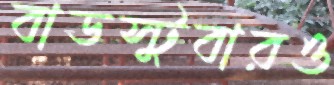
বাডস্টুবারও